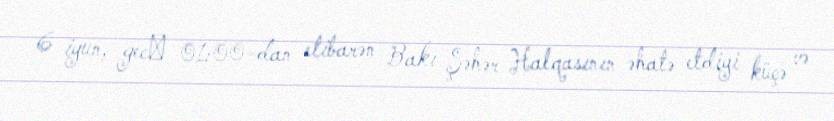
6 iyun, gecǝ 01:00-dan etibarən Bakı Şəhər Halqasının əhatə etdiyi küçə və